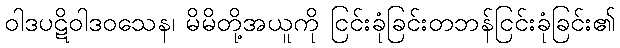
ဝါဒပဋိဝါဒဝသေန၊ မိမိတို့အယူကို ငြင်းခုံခြင်းတဘန်ငြင်းခုံခြင်း၏